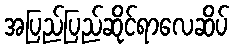
အပြည်ပြည်ဆိုင်ရာလေဆိပ်